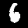
Label: 6